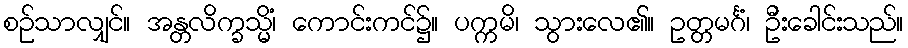
စဉ်သာလျှင်။ အန္တလိက္ခသ္မိံ၊ ကောင်းကင်၌။ ပက္ကမိ၊ သွားလေ၏။ ဥတ္တမင်္ဂံ၊ ဦးခေါင်းသည်။